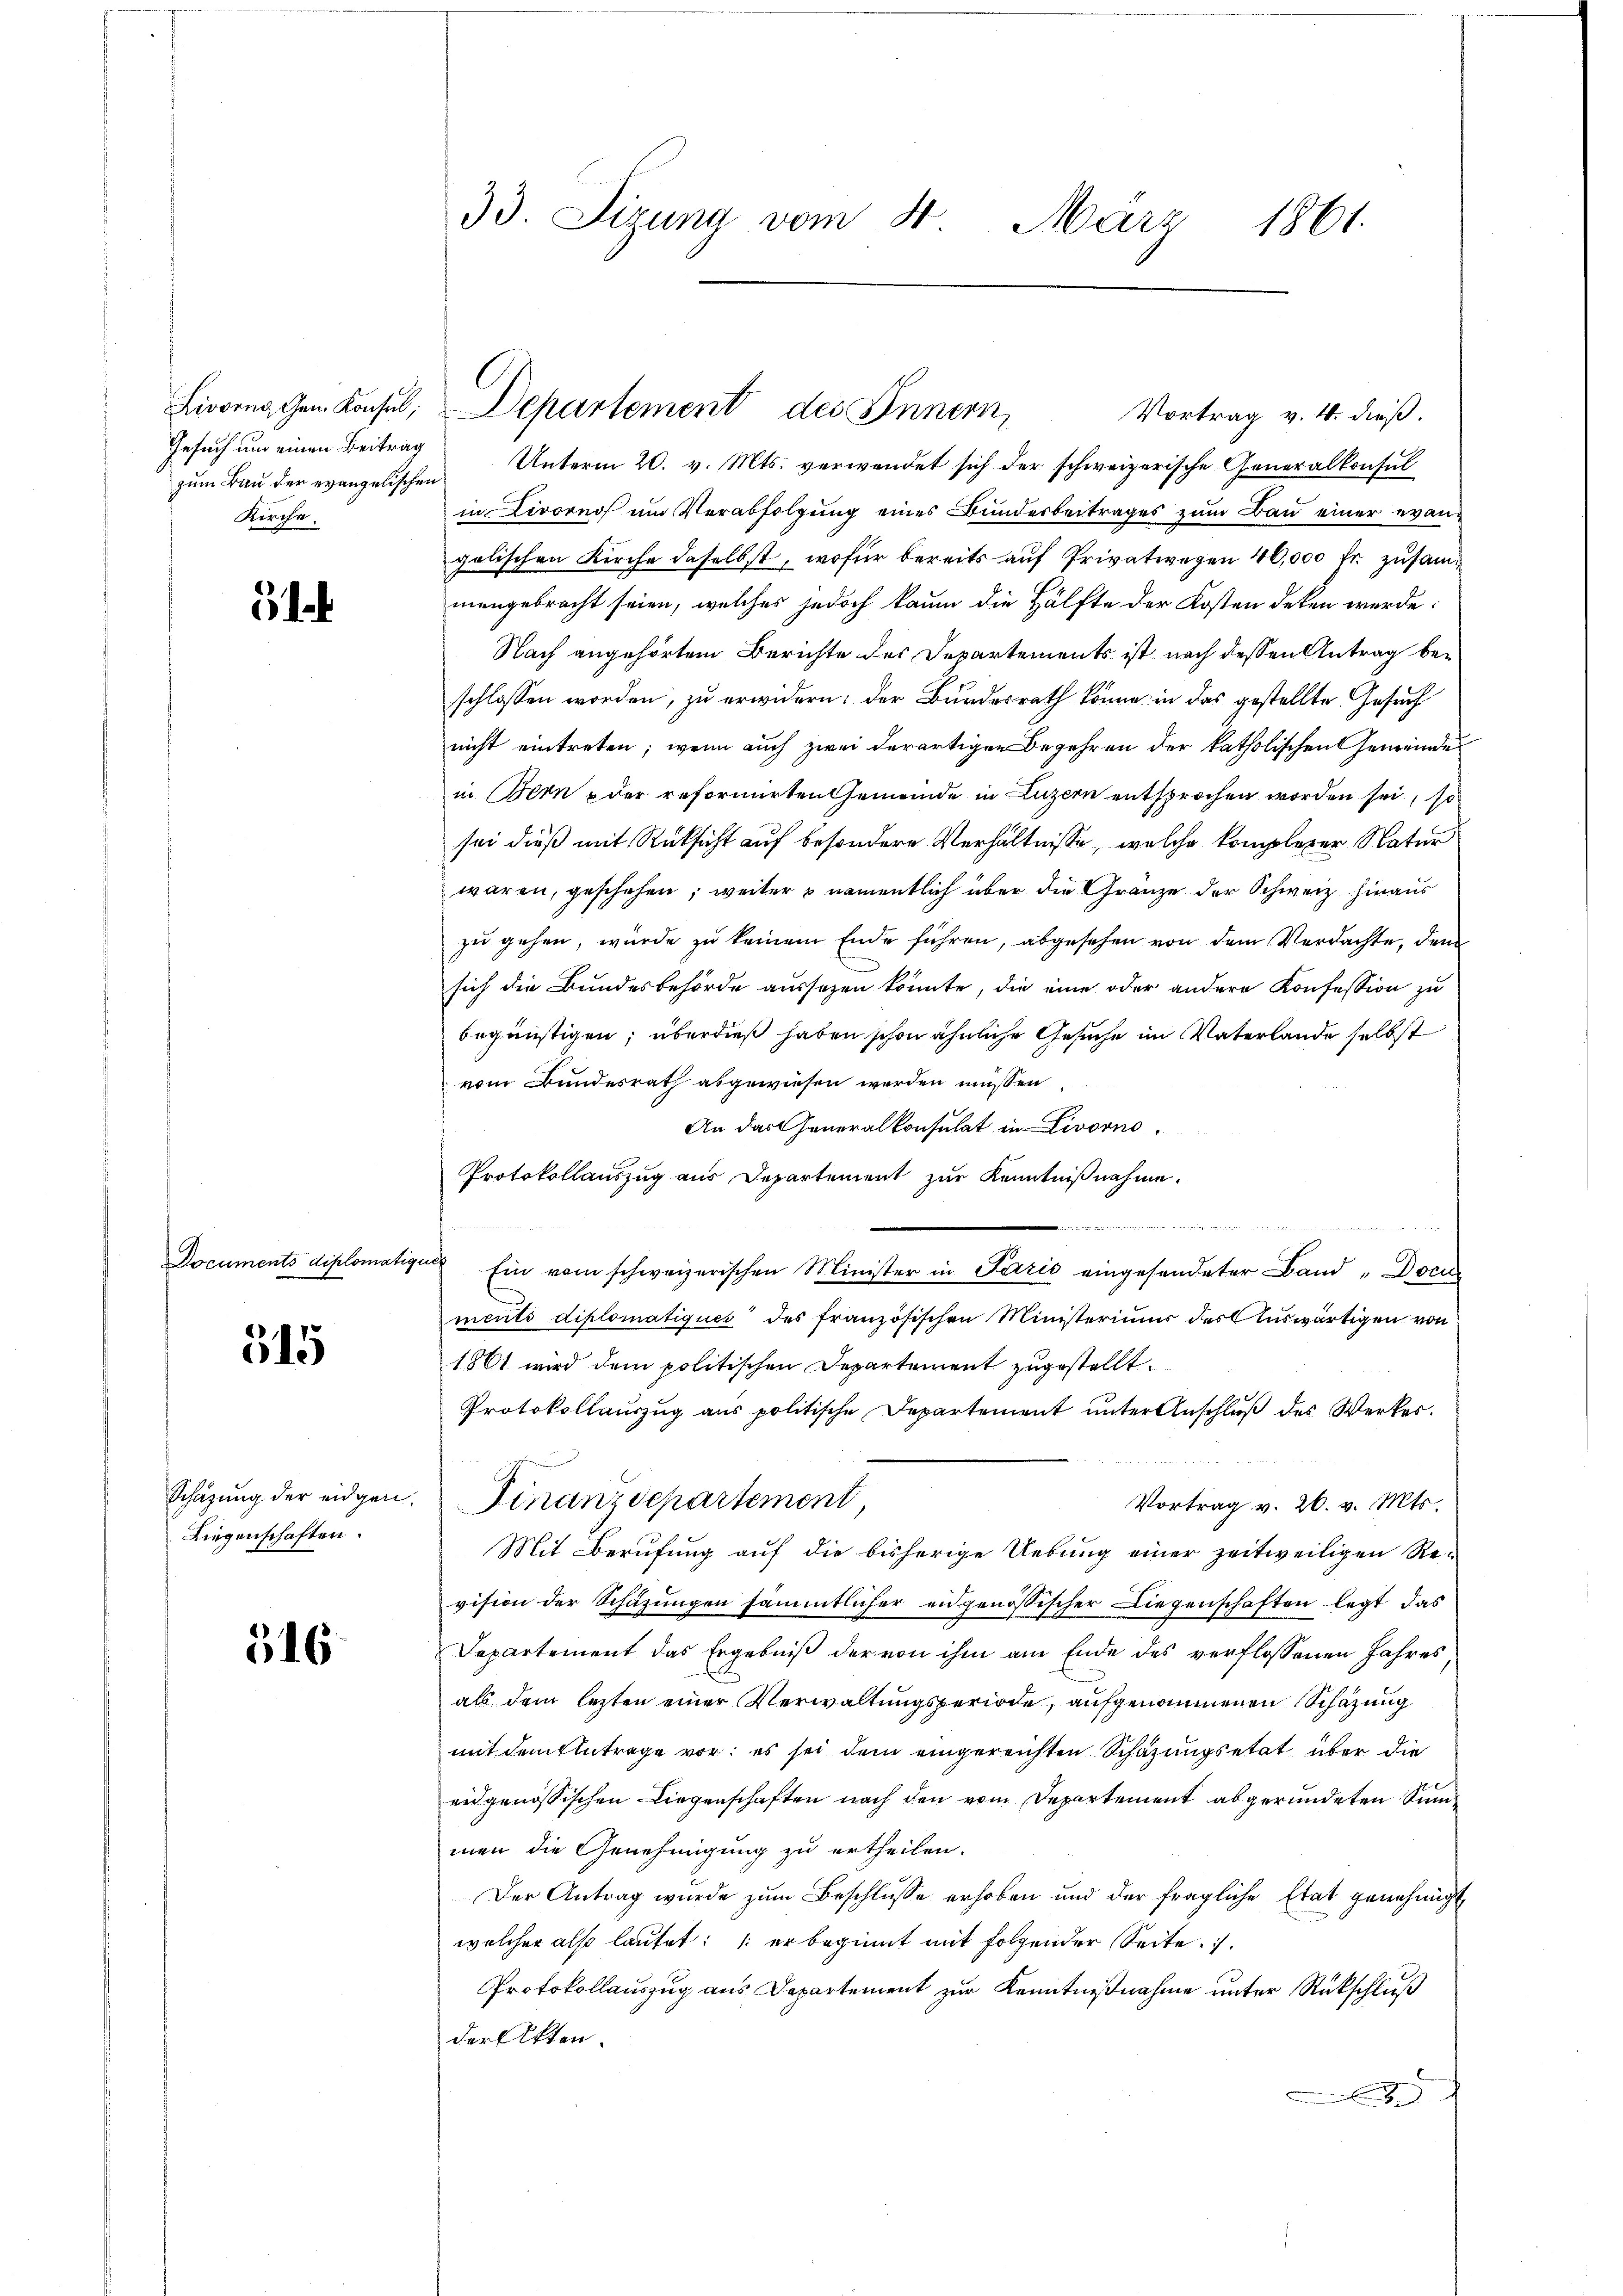
Gesuch um einen Beitrag
Kirche.

ocum

5

515

Schazung der eidgen.
Liegenschaften.

316

ents diplomatig

33. Sizung vom 11. März 1861.

Vortrag v. 4. dieß.
zŭm Baŭ der evangelischen Unterm 20. v. Mts. verwendet sich der schweizerische Generalkonsŭl
in Livornof um Verabfolgung eines Bundesbeitrages zum Bau einer evangelischen Kirche daselbst, wofür bereits auf Privatwegen 40,000 fr zusammengebracht seien, welches jedoch kaum die Hälfte der Kosten deken werde:
Nach angehörtem Berichte des Departements ist nach dessen Antrag beschlossen worden, zu erwidern; der Bundesrath könne in das gestellte Gesuch
nicht eintreten; wenn auch zwei derartigen Begehren der katholischen Gemeinden
in Bern der reformirten Gemeinde in Luzern entsprochen worden sei, so
sei dieß mit Rücksicht auf besondere Verhältnisse, welche komplerer Natur
waren, geschehen; weiter & namentlich über die Gränze der Schweiz hinaus
zu gehen, wurde zu keinem Ende führen, abgesehen von dem Verdachte, den
sich die Bundesbehörde aussezen könnte, die eine oder andere Konfession zu
begünstigen; überdieß haben schon ähnliche Gesuche im Vaterlande selbst
vom Bundesrath abgewiesen werden müßen
An das Generalkonsulat in Livorno
Protokollauszug aus Departement zur Kenntnißnahme.

Ein vom schweizerischen Minister in Pazić eingesendeter Band „Docu
ments diplomatiqués des französischen Ministeriums des Auswärtigen von
1861 wird dem politischen Departement zugestellt.
Protokollauszug aus politische Departement unter Anschluß des Werkes.
a
Finanzdepartement,
Vortrag v. 26. v. Mts.
Mit Berufung auf die bisherige Uebung einer zeitweiligen Re-
vision der Schazungen sämmtlicher eidgenössischer Liegenschaften legt, das
Departement das Ergebniß der von ihm am Ende des verflossenen Jahres
als dem lezten einer Verwaltungsperiode, aufgenommenen Schazung
mit dem Eintrage vor; es sei dem eingereichten Schazungsetat, über die
eidgenössischen Liegenschaften nach den vom Departement abgeründeten Sinmen die Genehmigung zu ertheilen.
Der Antrag wurde zum Beschlusse erhoben und der fragliche Etat genehmigt
welcher also lautet: er beginnt mit folgender Seite .
Protokollauszug aus Departement zur Kenntnißnahme unter Rückschluß
der Akten.

C
Livorne Gem. Konsul, Departement des Innern,